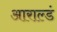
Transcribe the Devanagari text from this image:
आराल्डं